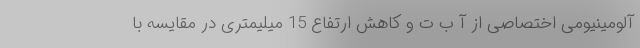
آلومینیومی اختصاصی از آ ب ت و کاهش ارتفاع 15 میلیمتری در مقایسه با